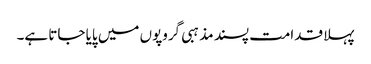
پہلا قدامت پسند مذہبی گروپوں میں پایا جاتا ہے۔